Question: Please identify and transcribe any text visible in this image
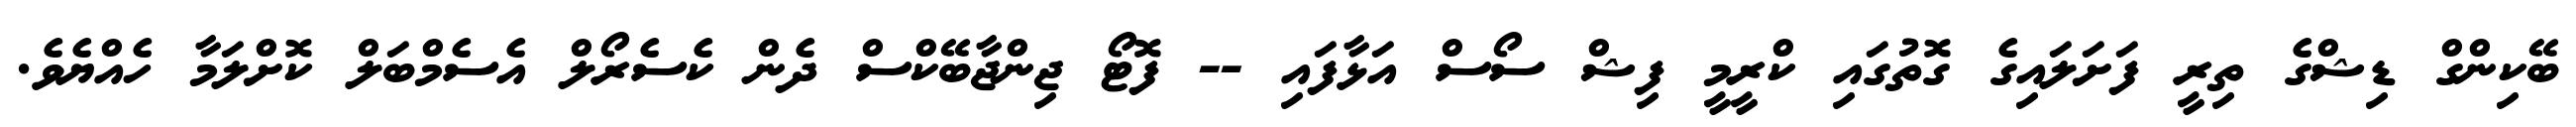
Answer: ބޭކިންގް ޑިޝްގެ ތިރީ ފަށަލައިގެ ގޮތުގައި ކްރީމީ ފިޝް ސޯސް އަޅާފައި -- ފޮޓޯ ޖިންޖާބޭކްސް ދެން ކެސެރޯލް އެސެމްބަލް ކޮށްލަމާ ހެއްޔެވެ.